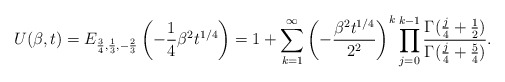
\begin{align*}U(\beta,t) = E_{\frac{3}{4}, \frac{1}{3}, -\frac{2}{3}} \left(-\frac{1}{4}\beta^2 t^{1/4}\right) = 1+\sum_{k=1}^{\infty}\left(-\frac{\beta^2t^{1/4}}{2^2}\right)^k\prod_{j=0}^{k-1}\frac{\Gamma(\frac{j}{4}+\frac{1}{2})}{\Gamma(\frac{j}{4}+\frac{5}{4})}.\end{align*}